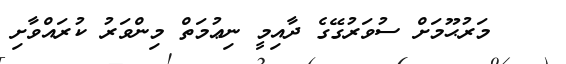
މަރުޙޫމަށް ސުވަރުގޭގެ ދާއިމީ ނިޢުމަތް މިންވަރު ކުރައްވާށި